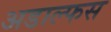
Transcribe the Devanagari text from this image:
अडाल्फस